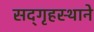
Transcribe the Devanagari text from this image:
सद्‌गृहस्थाने